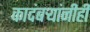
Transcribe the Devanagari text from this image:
कादंबर्‍यांनीही